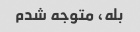
بله، متوجه شدم